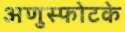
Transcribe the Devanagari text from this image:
अणुस्फोटके